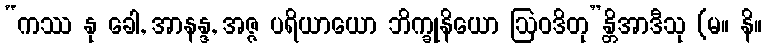
“ကဿ နု ခေါ, အာနန္ဒ, အဇ္ဇ ပရိယာယော ဘိက္ခုနိယော ဩဝဒိတု”န္တိအာဒီသု (မ။ နိ။